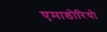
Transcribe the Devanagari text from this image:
एमाडोरियो